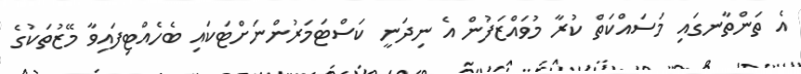
އެ ތަންތާނގައި މަސައްކަތް ކުރާ މުވައްޒަފުން އެ ނިދަނީ ކަސްޓަމަރުންނަށްޓަކައި ބެހެއްޓިފައިވާ މޭޒުތަކުގެ